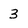
Character: 3